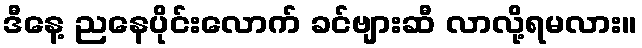
ဒီနေ့ ညနေပိုင်းလောက် ခင်ဗျားဆီ လာလို့ရမလား။